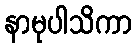
နာမုပါသိကာ